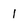
Character: l